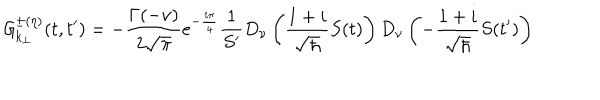
{ \cal { G } } _ { k _ { \perp } } ^ { \pm ( \eta ) } ( t , t ^ { \prime } ) = - { \frac { \Gamma ( - \nu ) } { 2 \sqrt { \pi } } } e ^ { - { \frac { i \pi } { 4 } } } { \frac { 1 } { S ^ { \prime } } } D _ { \nu } \left( { \frac { 1 + i } { \sqrt { \hbar } } } S ( t ) \right) D _ { \nu } \left( - { \frac { 1 + i } { \sqrt { \hbar } } } S ( t ^ { \prime } ) \right)